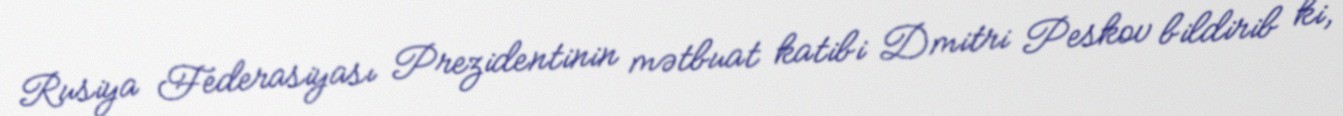
Rusiya Federasiyası Prezidentinin mətbuat katibi Dmitri Peskov bildirib ki,